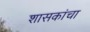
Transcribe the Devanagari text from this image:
शासकांचा